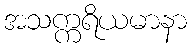
အသက္ကရိယမာနာ